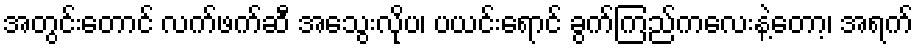
အတွင်းတောင် လက်ဖက်ဆီ အသွေးလိုပ၊ ပယင်းရောင် ခွက်ကြည်ကလေးနဲ့တော့၊ အရက်